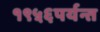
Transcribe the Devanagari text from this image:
१९५६पर्यन्त